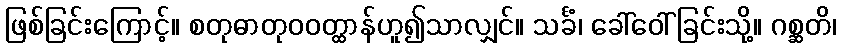
ဖြစ်ခြင်းကြောင့်။ စတုဓာတုဝဝတ္ထာန်ဟူ၍သာလျှင်။ သင်္ခံ၊ ခေါ်ဝေါ်ခြင်းသို့။ ဂစ္ဆတိ၊